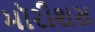
મૉરીશસ